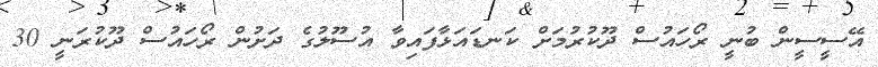
އޭސީސީން ބުނީ ރޯހައުސް ދޫކުރުމަށް ކަނޑައަޅާފައިވާ އުސޫލުގެ ދަށުން ރޯހައުސް ދޫކުރަނީ 30